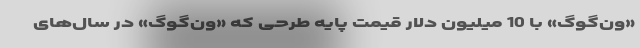
«ون‌گوگ» با 10 میلیون‌ دلار قیمت پایه طرحی که «ون‌گوگ» در سال‌های